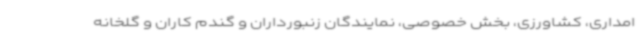
امداری، کشاورزی، بخش خصوصی، نمایندگان زنبورداران و گندم کاران و گلخانه